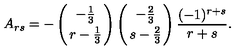
A _ { r s } = - \left( { - { \frac { 1 } { 3 } } \atop { r - { \frac { 1 } { 3 } } } } \right) \left( { - { \frac { 2 } { 3 } } \atop { s - { \frac { 2 } { 3 } } } } \right) { \frac { ( - 1 ) ^ { r + s } } { r + s } } .